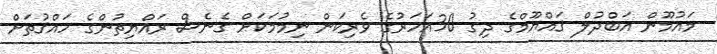
މައުމޫން އަބްދުލް ޤައްޔޫމްގެ ދިގު 30އަހަރުގެ ވެރިކަން ނިމުމަކަށް ގެނެސް ރައްޔިތުންގެ ހައްޤުތަށް